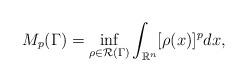
LaTeX: \begin{align*}M_p(\Gamma) = \inf_{\rho \in \mathcal R(\Gamma)}\int_{\mathbb R^n} [\rho(x)]^p dx,\end{align*}